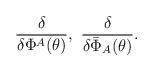
LaTeX: \begin{align*}\frac{\delta}{\delta\Phi^A(\theta)},\,\, \frac{\delta}{\delta\bar{\Phi}_A(\theta)}.\end{align*}